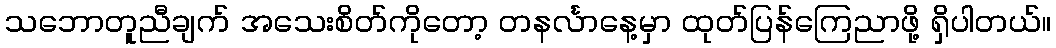
သဘောတူညီချက် အသေးစိတ်ကိုတော့ တနင်္လာနေ့မှာ ထုတ်ပြန်ကြေညာဖို့ ရှိပါတယ်။